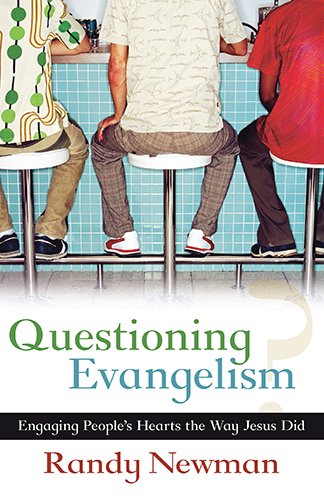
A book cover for Questioning Evangelism; Randy Newman; Christian Books & Bibles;